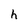
Character: h